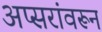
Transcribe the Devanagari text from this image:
अप्सरांवरून